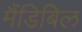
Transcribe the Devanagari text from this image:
मैंडिबिल